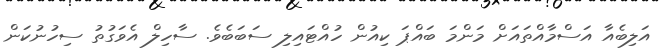
އަލިބެއާ އަސްމާއްތައަށް މަންމަ ބައްޕަ ކިއުން ހުއްޓައިލި ސަބަބެވެ. ސާހިލް އެވަގުތު ސިހުނުކަން